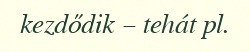
kezdődik – tehát pl.